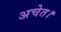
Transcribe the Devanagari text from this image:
अचेत।